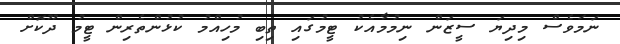
ނަމަވެސް މިދިޔަ ސީޒަން ނިމުމާއެކު ޓީމުގައި ތިބި މުހިއްމު ކުޅުންތެރިން ޓީމު ދޫކޮށް